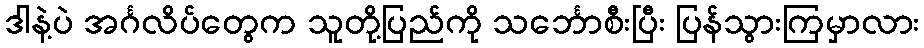
ဒါနဲ့ပဲ အင်္ဂလိပ်တွေက သူတို့ပြည်ကို သင်္ဘောစီးပြီး ပြန်သွားကြမှာလား